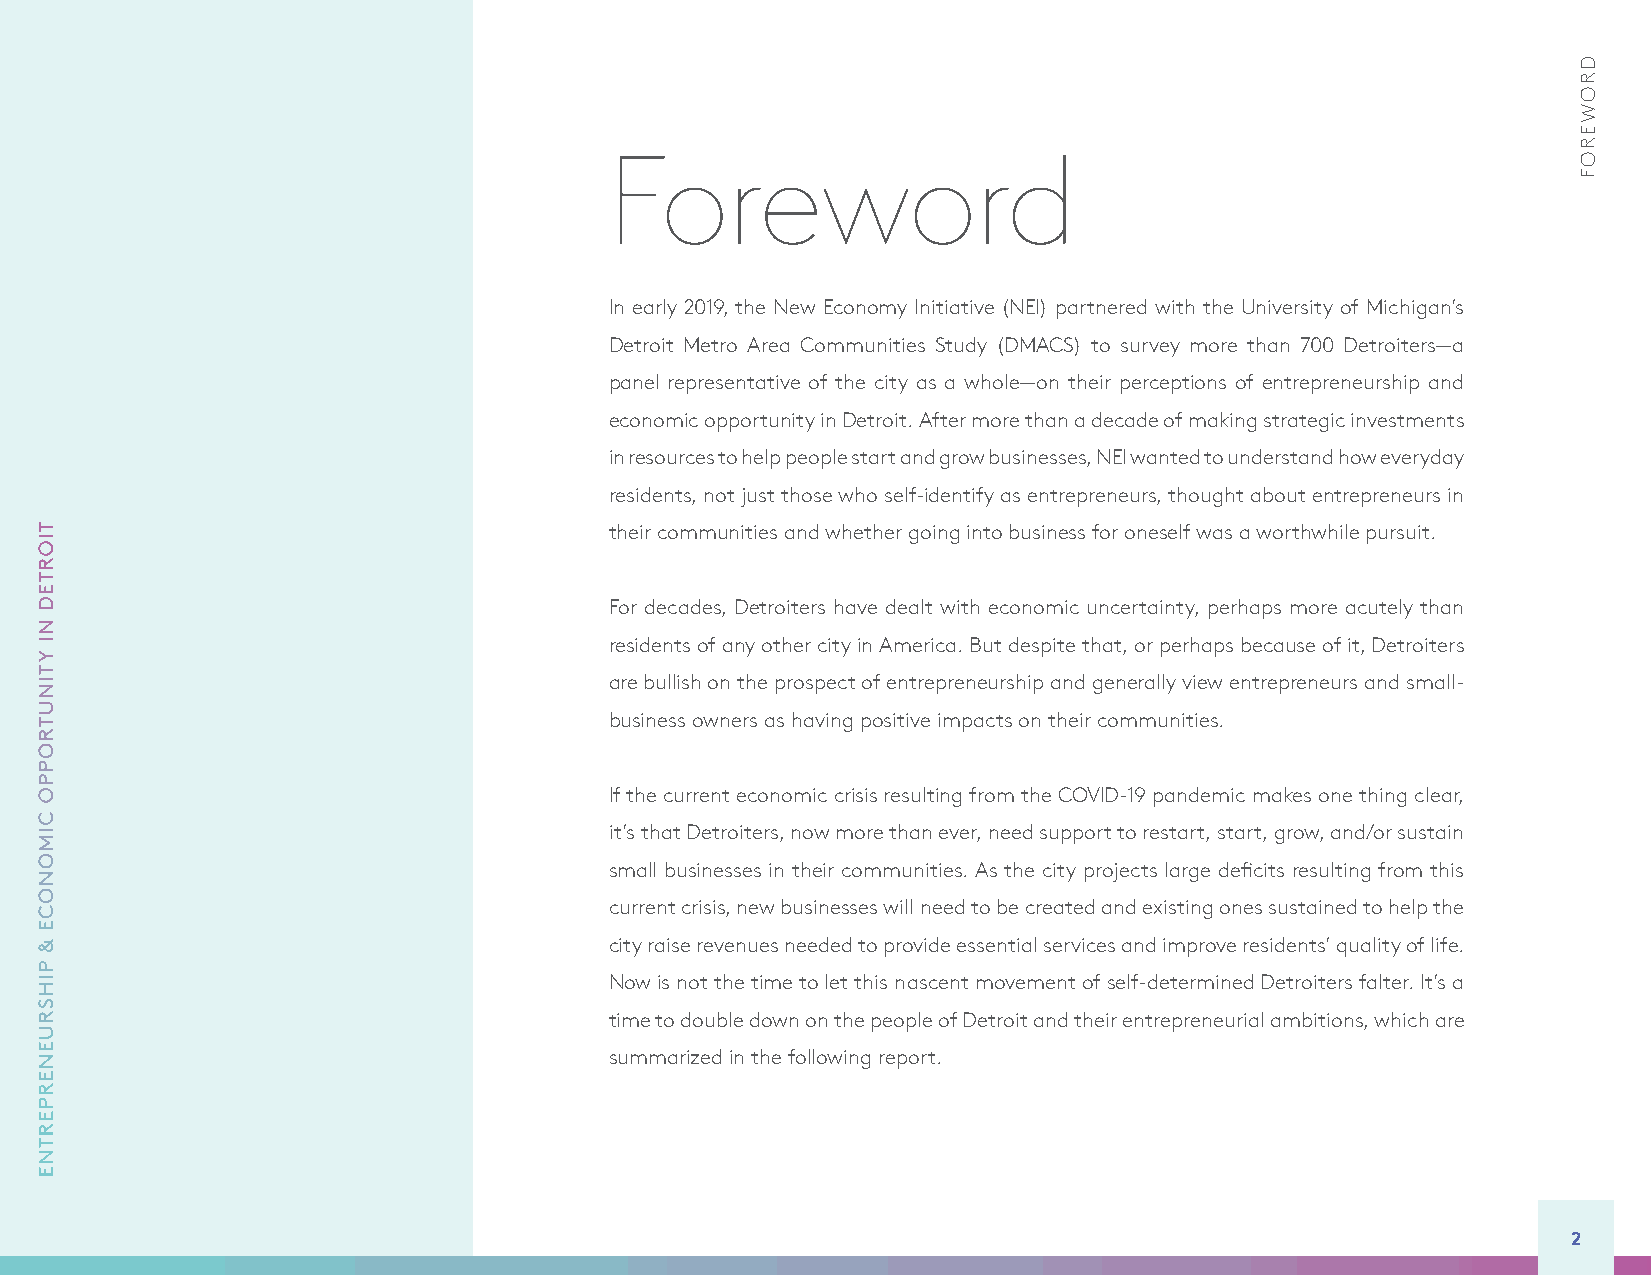
Foreword
 In early 2019, the New Economy Initiative (NEI) partnered with the University of Michigan’s
 Detroit Metro Area Communities Study (DMACS) to survey more than 700 Detroiters—a
 panel representative of the city as a whole—on their perceptions of entrepreneurship and
 economic opportunity in Detroit. After more than a decade of making strategic investments
 in resources to help people start and grow businesses, NEI wanted to understand how everyday
 residents, not just those who self-identify as entrepreneurs, thought about entrepreneurs in
 their communities and whether going into business for oneself was a worthwhile pursuit.
 For decades, Detroiters have dealt with economic uncertainty, perhaps more acutely than
 residents of any other city in America. But despite that, or perhaps because of it, Detroiters
 are bullish on the prospect of entrepreneurship and generally view entrepreneurs and small-
 business owners as having positive impacts on their communities.
 If the current economic crisis resulting from the COVID-19 pandemic makes one thing clear,
 it’s that Detroiters, now more than ever, need support to restart, start, grow, and/or sustain
 small businesses in their communities. As the city projects large deficits resulting from this
 current crisis, new businesses will need to be created and existing ones sustained to help the
 city raise revenues needed to provide essential services and improve residents’ quality of life.
 Now is not the time to let this nascent movement of self-determined Detroiters falter. It’s a
 time to double down on the people of Detroit and their entrepreneurial ambitions, which are
 summarized in the following report.
 2
 TIORTED
 NI
 YTINUTROPPO
 CIMONOCE
 &
 PIHSRUENERPERTNE
 DROWEROF